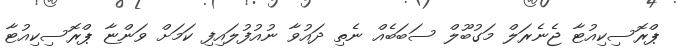
ޕްރޮސިކިއުޓާ ޖެނެރަލް މަގުބޫލް ސަބަބެއް ނެތި ދައުވާ ނުއުފުލައިފި ކަމަށް ވަންޏާ ޕްރޮސިކިއުޓާ